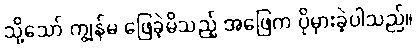
သို့သော် ကျွန်မ ဖြေခဲ့မိသည့် အဖြေက ပိုမှားခဲ့ပါသည်။